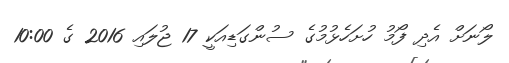
ލޯނަށް އެދި ފޯމު ހުށަހެޅުމުގެ ސުންގަޑިއަކީ 17 ޖުލައި 2016 ގެ 10:00